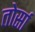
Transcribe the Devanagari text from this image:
तोर्सा